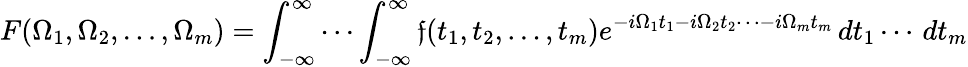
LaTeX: F(\Omega_{1},\Omega_{2},\ldots,\Omega_{m})=\int_{-\infty}^{\infty}\cdots\int_{-\infty}^{\infty}\mathfrak{f}(t_{1},t_{2},\ldots,t_{m})e^{-i\Omega_{1}t_{1}-i\Omega_{2}t_{2}\cdots-i\Omega_{m}t_{m}}\, dt_{1}\cdots\, dt_{m}